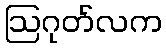
ဩဂုတ်လက